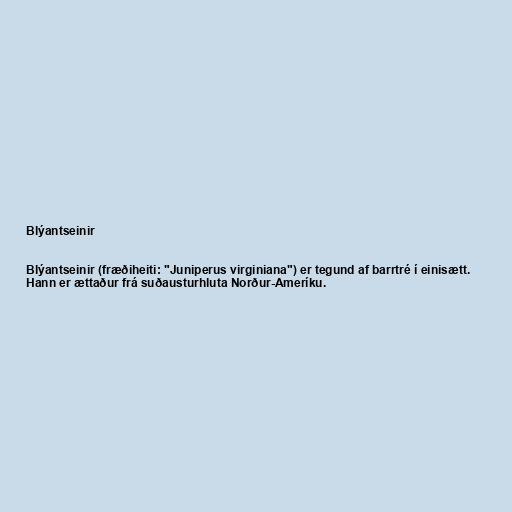
Blýantseinir

Blýantseinir (fræðiheiti: "Juniperus virginiana") er tegund af barrtré í einisætt.
Hann er ættaður frá suðausturhluta Norður-Ameríku.